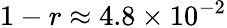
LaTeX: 1-r\approx 4.8\times 10^{-2}